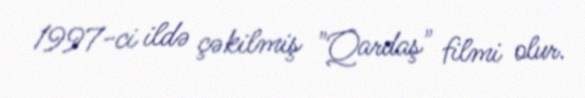
1997-ci ildə çəkilmiş "Qardaş" filmi olur.